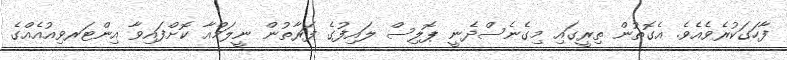
ފާހަގަކުރެވެއެވެ. އެގޮތުން ތިރީގައި މިގެނެސްދެނީ ޕޮލިސް ލައިފުގެ ފަރާތުން ނީލަމްއާ ކޮށްފައިވާ އިންޓަރވިއުއެއްގެ